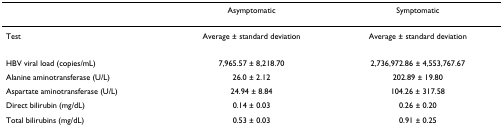
|  | Asymptomatic | Symptomatic |
 | --- | --- | --- |
 | Test | Average ± standard deviation | Average ± standard deviation |
 | HBV viral load (copies/mL) | 7,965.57 ± 8,218.70 | 2,736,972.86 ± 4,553,767.67 |
 | Alanine aminotransferase (U/L) | 26.0 ± 2.12 | 202.89 ± 19.80 |
 | Aspartate aminotransferase (U/L) | 24.94 ± 8.84 | 104.26 ± 317.58 |
 | Direct bilirubin (mg/dL) | 0.14 ± 0.03 | 0.26 ± 0.20 |
 | Total bilirubins (mg/dL) | 0.53 ± 0.03 | 0.91 ± 0.25 |